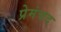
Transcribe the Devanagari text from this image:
प्रेमंचद